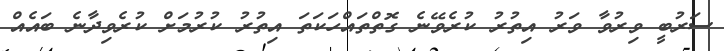
ސަރުބީ ވިރުވާ ވަރު އިތުރު ކުރެވޭނެ ގޮތްތައްހަކަތަ އިތުރު ކުރުމަށް ކުރެވިދާނެ ބައެއް